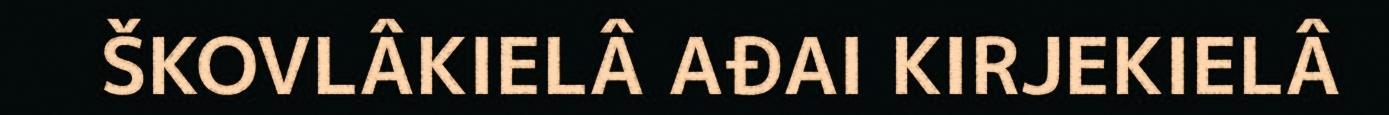
ŠKOVLÂKIELÂ AĐAI KIRJEKIELÂ